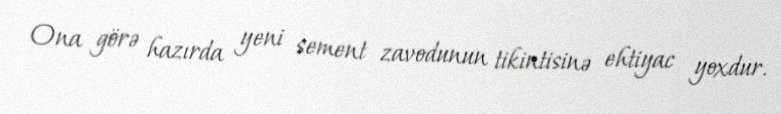
Ona görə hazırda yeni sement zavodunun tikintisinə ehtiyac yoxdur.